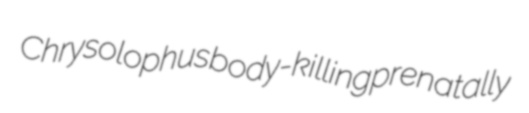
Chrysolophus body-killing prenatally